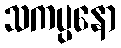
သကပ္ပနော